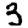
Digit: 3